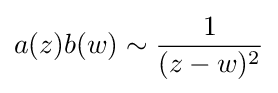
a(z)b(w)\sim {\frac {1}{(z-w)^{2}}}